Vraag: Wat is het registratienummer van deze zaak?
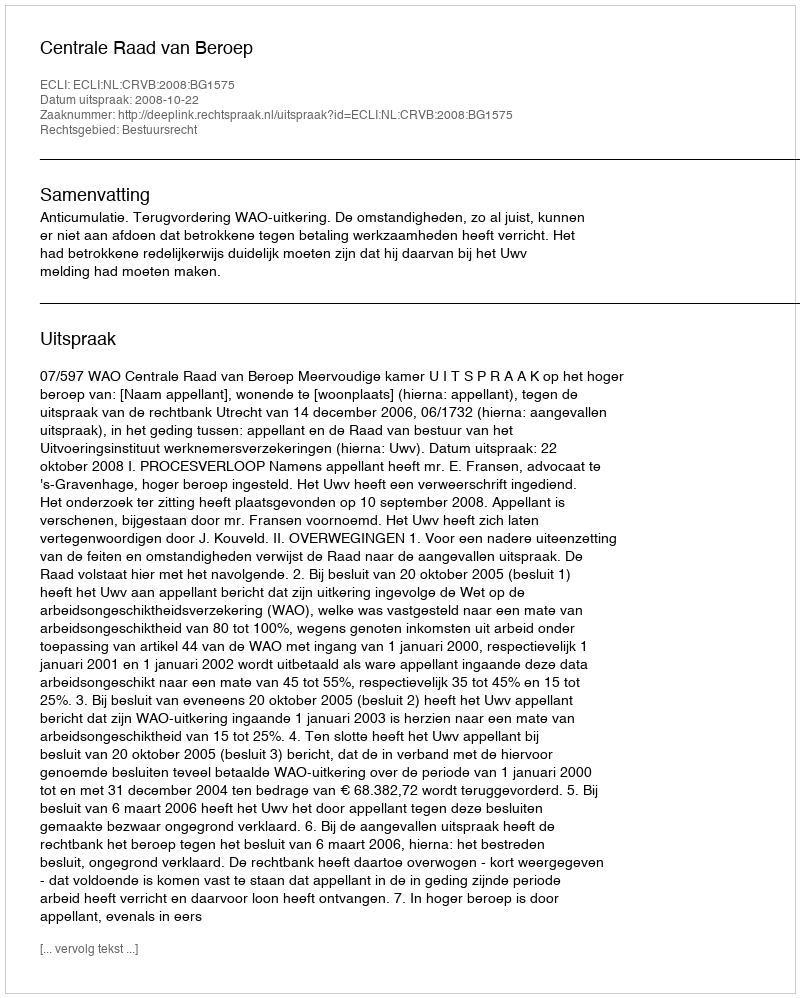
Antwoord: http://deeplink.rechtspraak.nl/uitspraak?id=ECLI:NL:CRVB:2008:BG1575